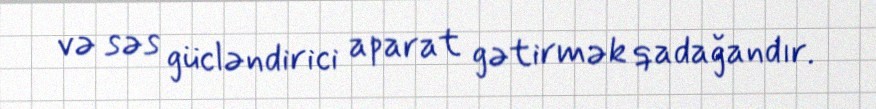
və səs gücləndirici aparat gətirmək qadağandır.